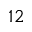
1 2